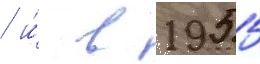
/ и́ в 1955